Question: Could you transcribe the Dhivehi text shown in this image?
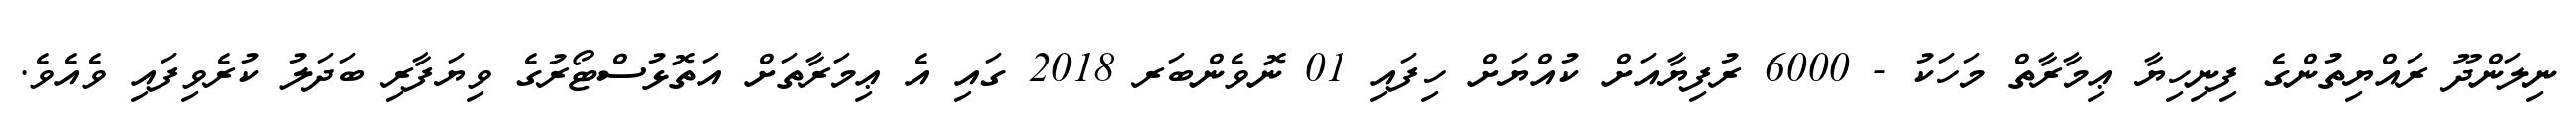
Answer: ނިލަންދޫ ރައްޔިތުންގެ ފިނިހިޔާ ޢިމާރާތް މަހަކު - 6000 ރުފިޔާއަށް ކުއްޔަށް ހިފައި 01 ނޮވެންބަރ 2018 ގައި އެ ޢިމަރާތަށް އަތޮޅުސްޓޯރުގެ ވިޔަފާރި ބަދަލު ކުރެވިފައި ވެއެވެ.